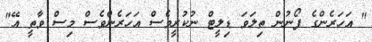
" އަހަރެންގެ ފޯނުން ތިލަވަ ޑިލީޓް ނުކުރީވެސް އަހަރެންވެސް މިސް ވާތީ އޭ"